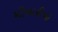
મૌખારીઓ